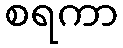
စရကာ